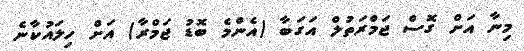
މިނާ އަށް ގޮސް ޖަމްރަތުލް އަގަބާ (އެންމެ ބޮޑު ޖަމްރާ) އަށް ހިލައުކާނެ